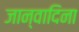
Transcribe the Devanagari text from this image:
जान्वादिना